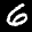
Label: 6